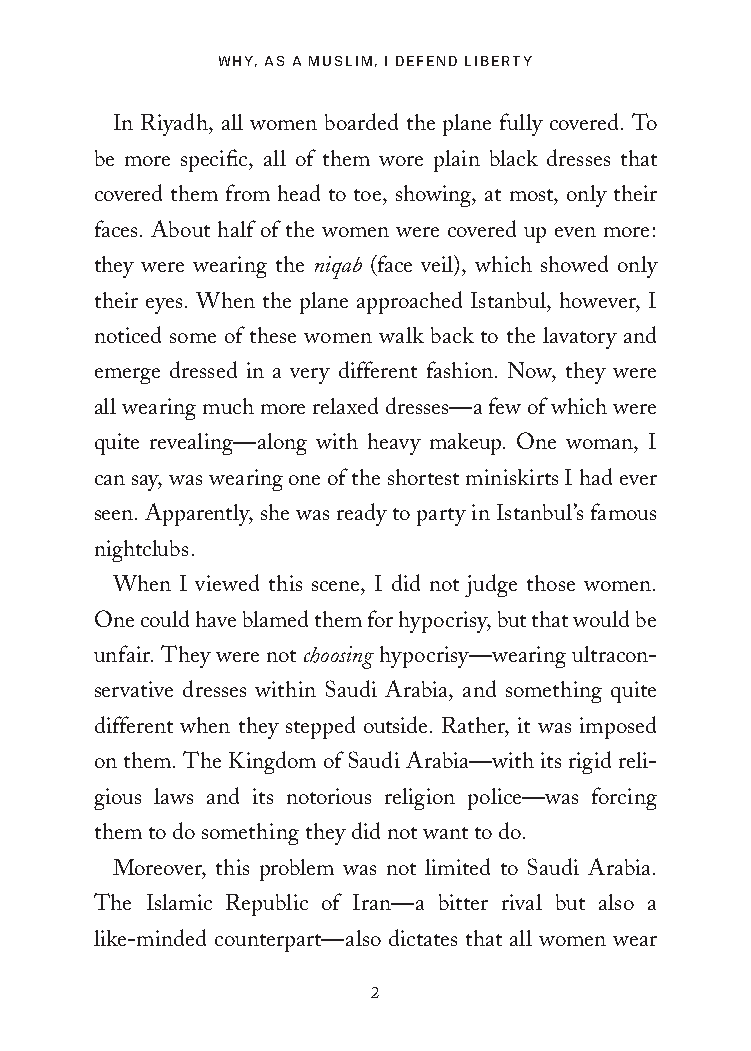
WHY, AS A MUSLIM, I DEFEND LIBERTY
 In Riyadh, all women boarded the plane fully covered. To
 be more specific, all of them wore plain black dresses that
 covered them from head to toe, showing, at most, only their
 faces. About half of the women were covered up even more:
 they were wearing the niqab (face veil), which showed only
 their eyes. When the plane approached Istanbul, however, I
 noticed some of these women walk back to the lavatory and
 emerge dressed in a very different fashion. Now, they were
 all wearing much more relaxed dresses—a few of which were
 quite revealing—along with heavy makeup. One woman, I
 can say, was wearing one of the shortest miniskirts I had ever
 seen. Apparently, she was ready to party in Istanbul’s famous
 nightclubs.
 When I viewed this scene, I did not judge those women.
 One could have blamed them for hypocrisy, but that would be
 unfair. They were not choosing hypocrisy—wearing ultracon-
 servative dresses within Saudi Arabia, and something quite
 different when they stepped outside. Rather, it was imposed
 on them. The Kingdom of Saudi Arabia—with its rigid reli-
 gious laws and its notorious religion police—was forcing
 them to do something they did not want to do.
 Moreover, this problem was not limited to Saudi Arabia.
 The Islamic Republic of Iran—a bitter rival but also a
 like-minded counterpart—also dictates that all women wear
 2
 25320_Ch00_Introduction.indd 2          24/06/2021 8:14 AM